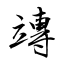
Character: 竱